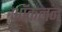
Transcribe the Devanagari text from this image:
ऑकलन